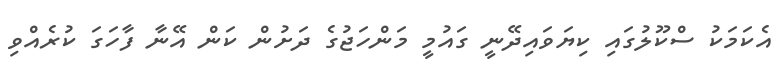
އެކަމަކު ސްކޫލުގައި ކިޔަވައިދޭނީ ގައުމީ މަންހަޖުގެ ދަށުން ކަން އޭނާ ފާހަގަ ކުރެއްވި